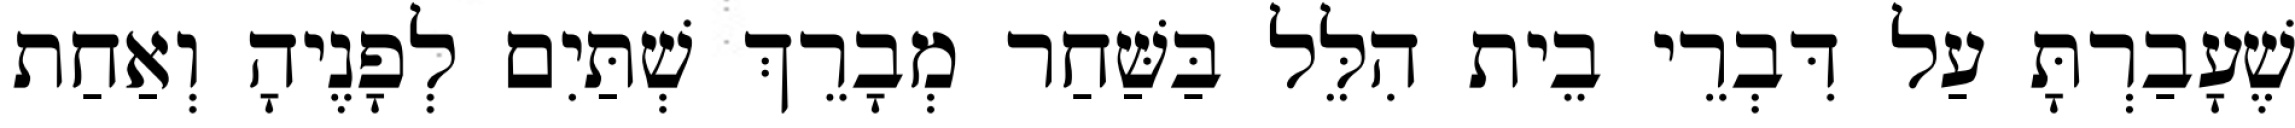
שֶׁעָבַרְתָּ עַל דִּבְרֵי בֵית הִלֵּל בַּשַּׁחַר מְבָרֵךְ שְׁתַּיִם לְפָנֶיהָ וְאַחַת